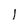
Character: I